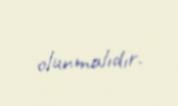
olunmalıdır.